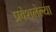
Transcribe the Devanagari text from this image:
प्रवेशलेल्या